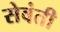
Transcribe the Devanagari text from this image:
सेवंती